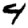
Digit: 4